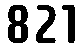
821